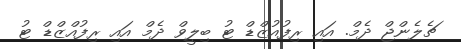
ޗެލެންޖް ދެމް. އައި ރިފުއުޒްޑް ޓު ބިލީވް ދެމް އައި ރިފުއްޒްޑް ޓު